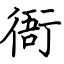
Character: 衙